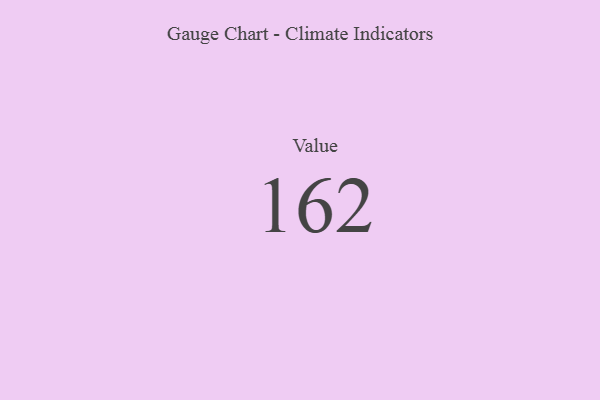
{"axis": {"x": "Metric", "y": "Value"}, "legend": [""], "data": [{"x": "Value", "y": 162, "type": ""}]}